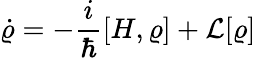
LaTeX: \dot{\varrho}=-\frac{i}{\hbar}[H,\varrho]+\mathcal{L}[\varrho]